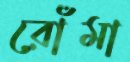
রোঁমা